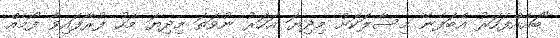
"ބައެއްފަހަރު އެބަފެނޭ މިސާލަކަށް މިދިޔަ އަހަރު ނުވަތަ މިދިޔަ މަހު ފުރާފައިވާ ފޯމެއް